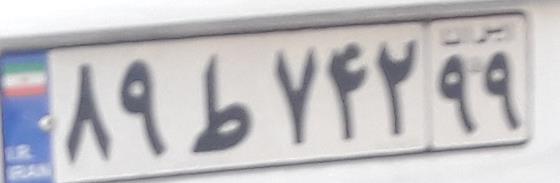
۸۹ط۷۴۲۹۹